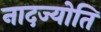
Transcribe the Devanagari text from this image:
नादज्योति